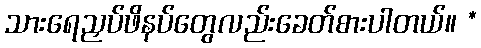
သားရေညှပ်ဖိနပ်တွေလည်းခေတ်စားပါတယ်။ *